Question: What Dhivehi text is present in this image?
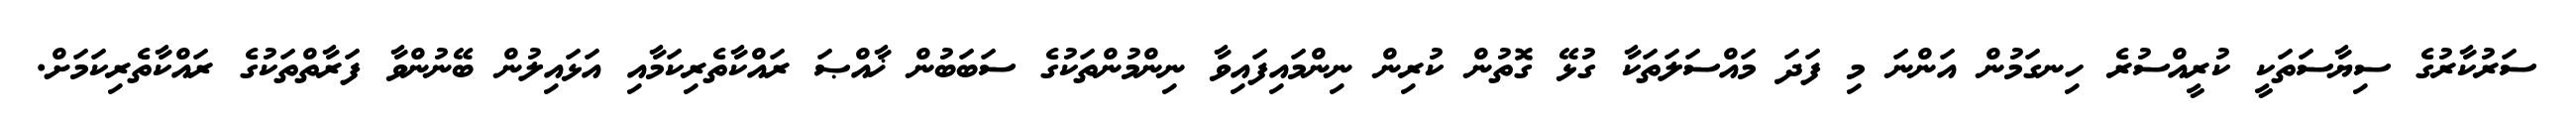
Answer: ސަރުކާރުގެ ސިޔާސަތަކީ ކުރީއްސުރެ ހިނގަމުން އަންނަ މި ފަދަ މައްސަލަތަކާ ގުޅޭ ގޮތުން ކުރިން ނިންމައިފައިވާ ނިންމުންތަކުގެ ސަބަބުން ޚާއްޞަ ރައްކާތެރިކަމާއި އަޅައިލުން ބޭނުންވާ ފަރާތްތަކުގެ ރައްކާތެރިކަމަށް.